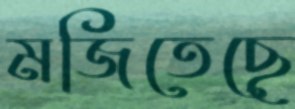
মজিতেছে